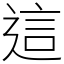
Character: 這